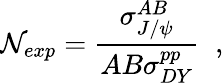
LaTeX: {\cal N}_{exp}={\frac{\sigma_{J/\psi}^{AB}}{AB\sigma_{DY}^{pp}}}\; \; ,